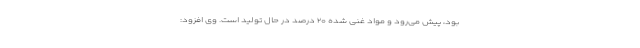
بود، پیش می‌رود و مواد غنی شده ۲۰ درصد در حال تولید است. وی افزود: